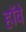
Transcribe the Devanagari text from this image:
हॉवे